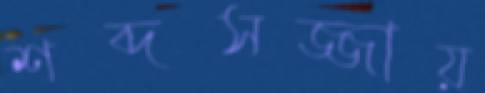
শব্দসজ্জায়